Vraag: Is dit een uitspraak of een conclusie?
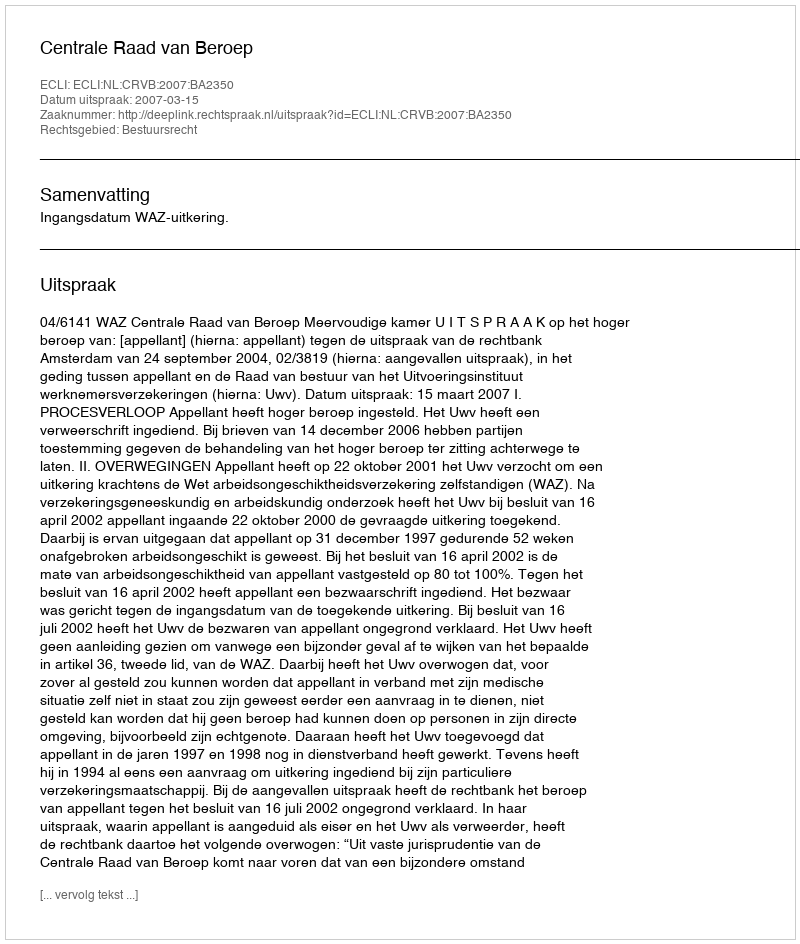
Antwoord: Uitspraak